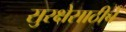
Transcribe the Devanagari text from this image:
सुरक्षेसाठीचे